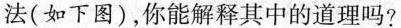
法(如下图)，你能解释其中的道理吗?